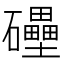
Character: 𥗬